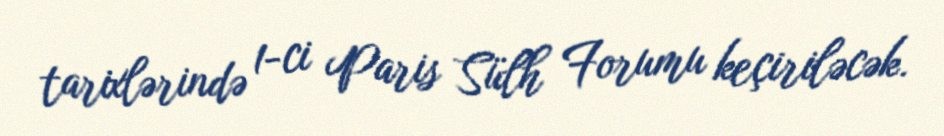
tarixlərində 1-ci Paris Sülh Forumu keçiriləcək.